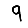
Digit: 9